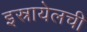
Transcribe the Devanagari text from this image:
इस्रायेलची